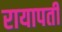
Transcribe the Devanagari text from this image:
रायापती